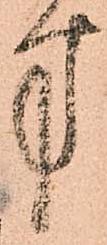
方